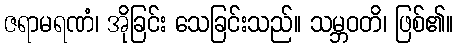
ဇရာမရဏံ၊ အိုခြင်း သေခြင်းသည်။ သမ္ဘဝတိ၊ ဖြစ်၏။